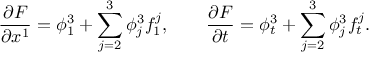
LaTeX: \frac { \partial F } { \partial x ^ { 1 } } = \phi _ { 1 } ^ { 3 } + \sum _ { j = 2 } ^ { 3 } \phi _ { j } ^ { 3 } f _ { 1 } ^ { j } , \quad \quad \frac { \partial F } { \partial t } = \phi _ { t } ^ { 3 } + \sum _ { j = 2 } ^ { 3 } \phi _ { j } ^ { 3 } f _ { t } ^ { j } .